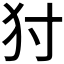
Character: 𤜮